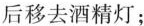
后移去酒精灯；